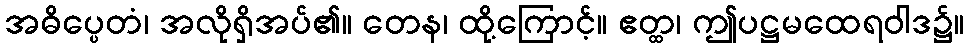
အဓိပ္ပေတံ၊ အလိုရှိအပ်၏။ တေန၊ ထို့ကြောင့်။ ဧတ္ထ၊ ဤပဋ္ဌမထေရဝါဒ၌။